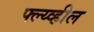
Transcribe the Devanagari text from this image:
फ्ल्य्व्हील